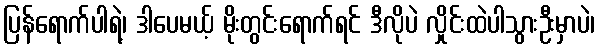
ပြန်ရောက်ပါရဲ့၊ ဒါပေမယ့် မိုးတွင်းရောက်ရင် ဒီလိုပဲ လှိုင်းထဲပါသွားဦးမှာပဲ၊